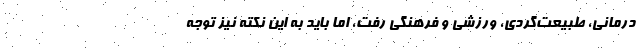
درمانی، طبیعت‌گردی، ورزشی و فرهنگی رفت، اما باید به این نکته نیز توجه